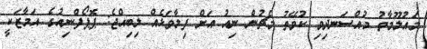
މައުލޫމާތު މުއްސަނދިވި ކުވޭތު މެޗުން ނިއު އަށް ފިލާވަޅެއް ލިބިއްޖެ: ޕޮޕޯފްނިއުގެ އަމާޒަކީ